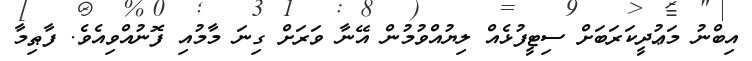
އިބްނު މަޢުދީކަރަބަށް ސިޓީފުޅެއް ލިޔުއްވުމުން އޭނާ ވަރަށް ގިނަ މާމުއި ފޮނުއްވިއެވެ. ފާޠިމާ